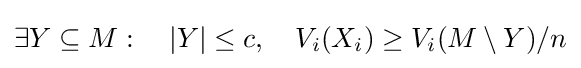
\exists Y\subseteq M:~~~|Y|\leq c,~~~V_{i}(X_{i})\geq V_{i}(M\setminus Y)/n